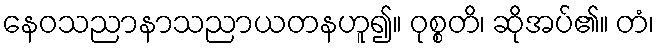
နေဝသညာနာသညာယတနဟူ၍။ ဝုစ္စတိ၊ ဆိုအပ်၏။ တံ၊